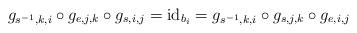
LaTeX: \begin{align*}g_{s^{-1},k,i}\circ g_{e,j,k}\circ g_{s,i,j} = \mathrm{id}_{b_i} = g_{s^{-1},k,i}\circ g_{s,j,k}\circ g_{e,i,j}\end{align*}